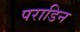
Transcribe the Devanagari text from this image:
पराडिन